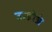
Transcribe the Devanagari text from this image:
उन्होन्ने